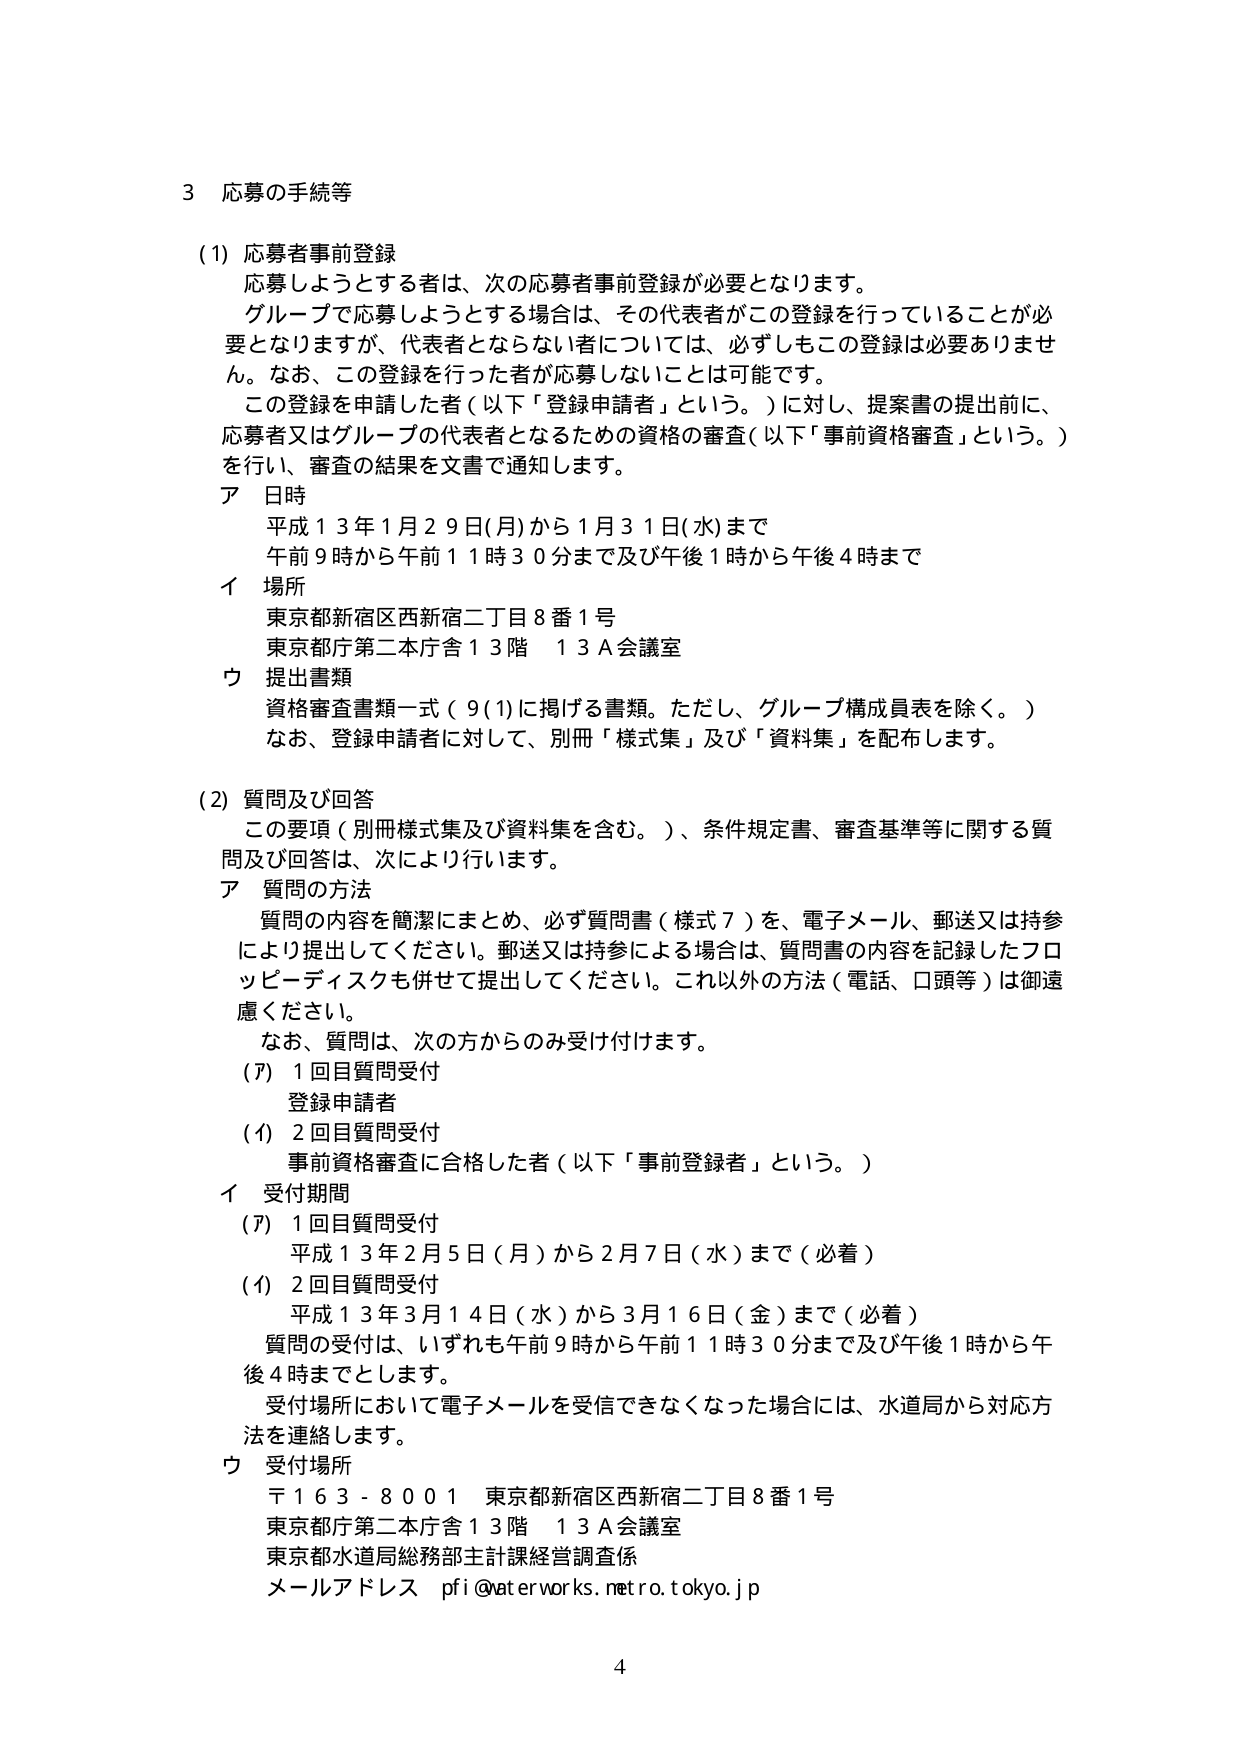
3 応募の手続等

(1) 応募者事前登録
応募しようとする者は、次の応募者事前登録が必要となります。
グループで応募しようとする場合は、その代表者がこの登録を行っていることが必要となりますが、代表者とならない者については、必ずしもこの登録は必要ありません。なお、この登録を行った者が応募しないことは可能です。
この登録を申請した者（以下「登録申請者」という。）に対し、提案書の提出前に、応募者又はグループの代表者となるための資格の審査（以下「事前資格審査」という。）を行い、審査の結果を文書で通知します。
ア 日時
平成13年1月29日(月)から1月31日(水)まで
午前9時から午前11時30分まで及び午後1時から午後4時まで
イ 場所
東京都新宿区西新宿二丁目8番1号
東京都庁第二本庁舎13階 13A会議室
ウ 提出書類
資格審査書類一式（9(1)に掲げる書類。ただし、グループ構成員表を除く。）
なお、登録申請者に対して、別冊「様式集」及び「資料集」を配布します。

(2) 質問及び回答
この要項（別冊様式集及び資料集を含む。）、条件規定書、審査基準等に関する質問及び回答は、次により行います。
ア 質問の方法
質問の内容を簡潔にまとめ、必ず質問書（様式7）を、電子メール、郵送又は持参により提出してください。郵送又は持参による場合は、質問書の内容を記録したフロッピーディスクも併せて提出してください。これ以外の方法（電話、口頭等）は御遠慮ください。
なお、質問は、次の方からのみ受け付けます。
(ア) 1回目質問受付
登録申請者
(イ) 2回目質問受付
事前資格審査に合格した者（以下「事前登録者」という。）
イ 受付期間
(ア) 1回目質問受付
平成13年2月5日(月)から2月7日(水)まで（必着）
(イ) 2回目質問受付
平成13年3月14日(水)から3月16日(金)まで（必着）
質問の受付は、いずれも午前9時から午前11時30分まで及び午後1時から午後4時までとします。
受付場所において電子メールを受信できなくなった場合には、水道局から対応方法を連絡します。
ウ 受付場所
〒163-8001 東京都新宿区西新宿二丁目8番1号
東京都庁第二本庁舎13階 13A会議室
東京都水道局総務部主計課経営調査係
メールアドレス pfi@aterworks.metro.tokyo.jp

4